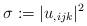
LaTeX: \begin{align*}\sigma:=|u_{,ijk}|^2\end{align*}